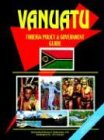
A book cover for Vanuatu Foreign Policy And Government Guide; Ibp Usa; Travel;